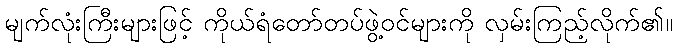
မျက်လုံးကြီးများဖြင့် ကိုယ်ရံတော်တပ်ဖွဲ့ဝင်များကို လှမ်းကြည့်လိုက်၏။